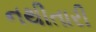
નથીતારી